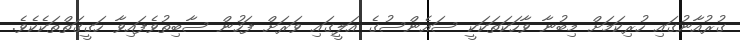
ގުރުއާނުގައި ހުރިކަމަށް މިބުނާ ވާހަކަތަކަކީ ސައެންސުގެ އަލީގައި ވަރަށް ފަހުން ސާބިތުވެފައިވާ ހަގީގަތްތަކެކެވެ.